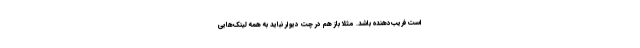
است فریب‌دهنده باشد. مثلا باز هم در چت دیوار نباید به همه لینک‌هایی